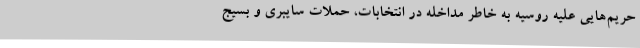
حریم‌هایی علیه روسیه به خاطر مداخله در انتخابات، حملات سایبری و بسیج